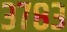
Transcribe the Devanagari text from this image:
३७८३